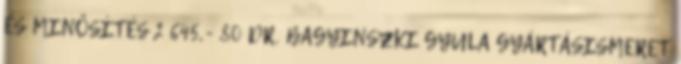
ÉS MINŐSÍTÉS 2 645,- 80 DR. BAGYINSZKI GYULA GYÁRTÁSISMERET